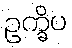
ဥက္ခိပ